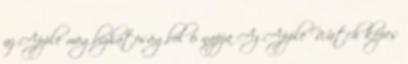
az Apple megbízhatóságból 6 napja Az Apple Watch képes